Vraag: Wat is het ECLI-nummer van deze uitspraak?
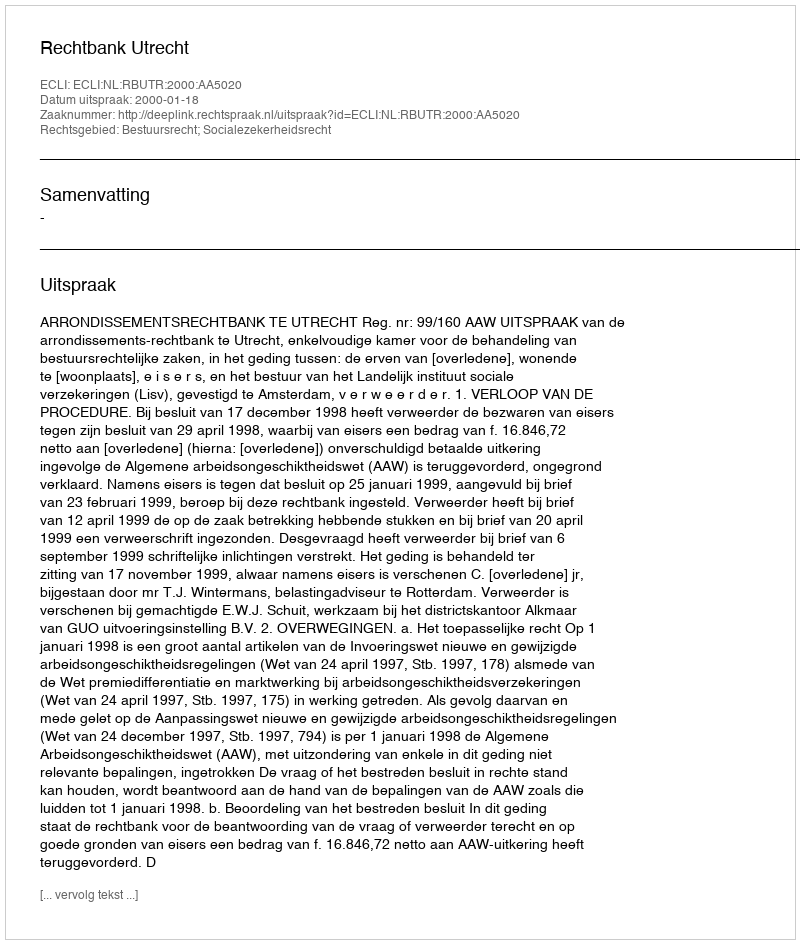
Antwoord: ECLI:NL:RBUTR:2000:AA5020